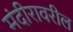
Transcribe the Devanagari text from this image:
मंदीरावरील